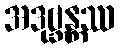
အဒုဗ္ဘန္တဿ